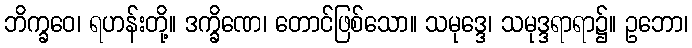
ဘိက္ခဝေ၊ ရဟန်းတို့။ ဒက္ခိဏေ၊ တောင်ဖြစ်သော။ သမုဒ္ဒေ၊ သမုဒ္ဒရာရာ၌။ ဥဘော၊